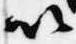
以